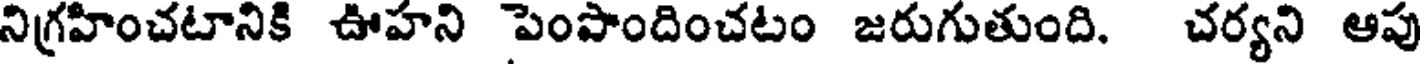
నిగ్రహించటానికి ఊహని పెంపొందించటం జరుగుతుంది. చర్యని ఆపు